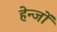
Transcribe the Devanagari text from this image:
हेन्जों